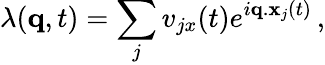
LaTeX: \lambda(\mathbf{q},t)=\sum_{j}v_{jx}(t)e^{i\mathbf{q}.\mathbf{x}_{j}(t)}\, ,